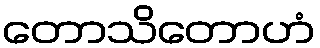
တောသိတောဟံ